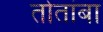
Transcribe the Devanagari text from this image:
तोतांबा